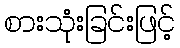
စားသုံးခြင်းဖြင့်